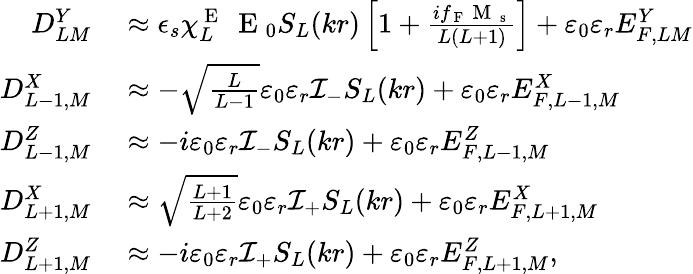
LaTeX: \begin{array}{rl}{D_{LM}^{Y}}&{{}\approx\epsilon_{s}\chi_{L}^{\mathrm{~E~}}\ \mathrm{~E~}_{0}S_{L}(kr)\left[1+\frac{if_{\mathrm{~F~}}\mathrm{~M~}_{\mathrm{~s~}}}{L(L+1)}\right]+\varepsilon_{0}\varepsilon_{r}E_{F,LM}^{Y}}\\ {D_{L-1,M}^{X}}&{{}\approx-\sqrt{\frac{L}{L-1}}\varepsilon_{0}\varepsilon_{r}\mathcal{I}_{-}S_{L}(kr)+\varepsilon_{0}\varepsilon_{r}E_{F,L-1,M}^{X}}\\ {D_{L-1,M}^{Z}}&{{}\approx-i\varepsilon_{0}\varepsilon_{r}{\cal I}_{-}S_{L}(kr)+\varepsilon_{0}\varepsilon_{r}E_{F,L-1,M}^{Z}}\\ {D_{L+1,M}^{X}}&{{}\approx\sqrt{\frac{L+1}{L+2}}\varepsilon_{0}\varepsilon_{r}{\cal I}_{+}S_{L}(kr)+\varepsilon_{0}\varepsilon_{r}E_{F,L+1,M}^{X}}\\ {D_{L+1,M}^{Z}}&{{}\approx-i\varepsilon_{0}\varepsilon_{r}{\cal I}_{+}S_{L}(kr)+\varepsilon_{0}\varepsilon_{r}E_{F,L+1,M}^{Z},}\end{array}